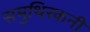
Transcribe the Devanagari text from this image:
समुथिरकनी